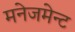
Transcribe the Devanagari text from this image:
मनेजमेन्ट